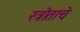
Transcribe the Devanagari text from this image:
स्त्रोताचे